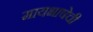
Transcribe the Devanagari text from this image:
मायभाषेची